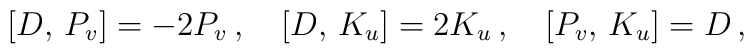
{} [D,\,P_v]=-2P_v\,,\quad{} [D,\,K_u]=2K_u\,,\quad{} [P_v,\,K_u]=D\,,